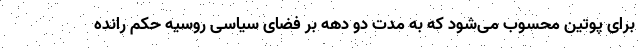
برای پوتین محسوب می‌شود که به مدت دو دهه بر فضای سیاسی روسیه حکم رانده